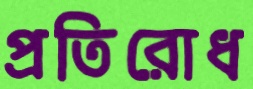
প্রতিরোধ